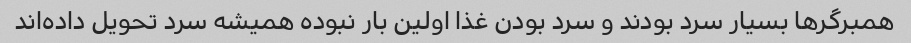
همبرگرها بسیار سرد بودند و سرد بودن غذا اولین بار نبوده همیشه سرد تحویل داده‌اند